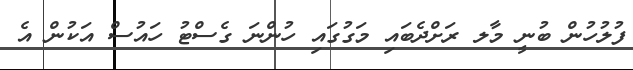
ފުލުހުން ބުނީ މާލ ރަށްދެބައި މަގުގައި ހުންނަ ގެސްޓު ހައުސް އަކުން އެ